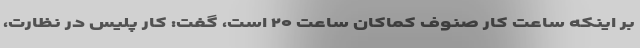
بر اینکه ساعت کار صنوف کماکان ساعت ۲۰ است، گفت: کار پلیس در نظارت،